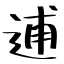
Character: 逋